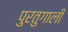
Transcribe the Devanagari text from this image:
पुरतुगाली